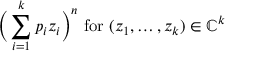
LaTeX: { \biggl ( } \sum _ { i = 1 } ^ { k } p _ { i } z _ { i } { \biggr ) } ^ { n } { \mathrm { ~ f o r ~ } } ( z _ { 1 } , \ldots , z _ { k } ) \in \mathbb { C } ^ { k }